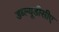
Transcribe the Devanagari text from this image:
डब्ल्यूडीसीए